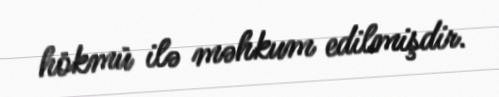
hökmü ilə məhkum edilmişdir.